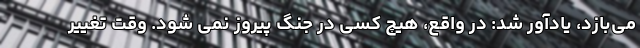
می‌بازد، یادآور شد: در واقع، هیچ کسی در جنگ پیروز نمی شود. وقت تغییر